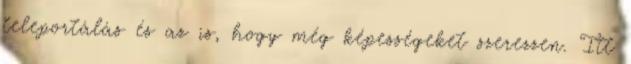
teleportálás és az is, hogy még képességeket szerezzen. Itt